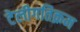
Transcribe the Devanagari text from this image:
टेलीगतिक्रम